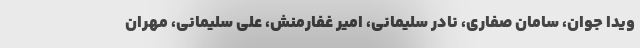
ویدا جوان، سامان صفاری، نادر سلیمانی، امیر غفارمنش، علی سلیمانی، مهران